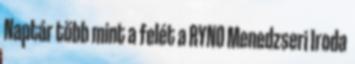
Naptár több mint a felét a RYNO Menedzseri Iroda